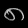
Digit: ၈